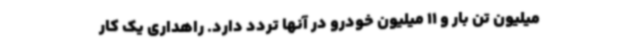
میلیون تن بار و 11 میلیون خودرو در آنها تردد دارد. راهداری یک کار